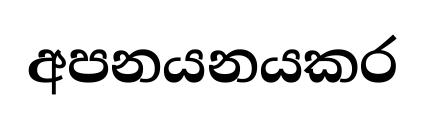
අපනයනයකර